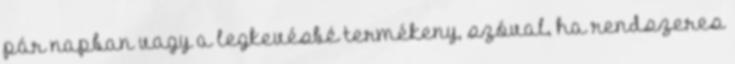
pár napban vagy a legkevésbé termékeny, szóval, ha rendszeres